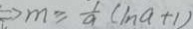
\Rightarrow m \geq \frac { 1 } { a } ( \ln a + 1 )